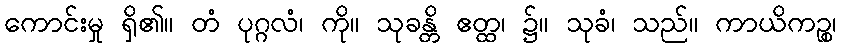
ကောင်းမှု ရှိ၏။ တံ ပုဂ္ဂလံ၊ ကို။ သုခန္တိ ဧတ္ထ၊ ၌။ သုခံ၊ သည်။ ကာယိကဉ္စ၊